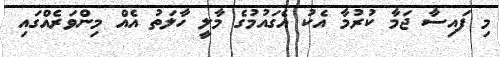
މި ފައިސާ ޖަމާ ކުރުމާ އެކު އެގައުމުގެ މާލީ ހާލަތު އެއް މިންވަރެއްގައި